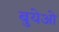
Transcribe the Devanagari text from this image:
बुयेओ